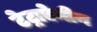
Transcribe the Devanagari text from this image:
टेट्राऐमीन